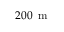
2 0 0 \, \mathrm { ~ m ~ }